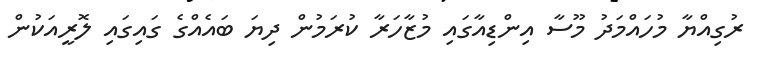
ރުގިއްޔާ މުހައްމަދު މޫސާ އިންޑިއާގައި މުޒާހަރާ ކުރަމުން ދިޔަ ބައެއްގެ ގައިގައި ލޮރީއަކުން